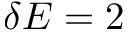
\delta E = 2